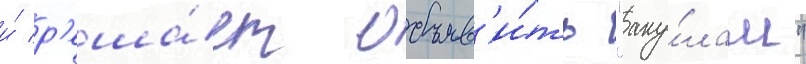
и́ р'еша́ет объяв'и́ть "аку́лам"